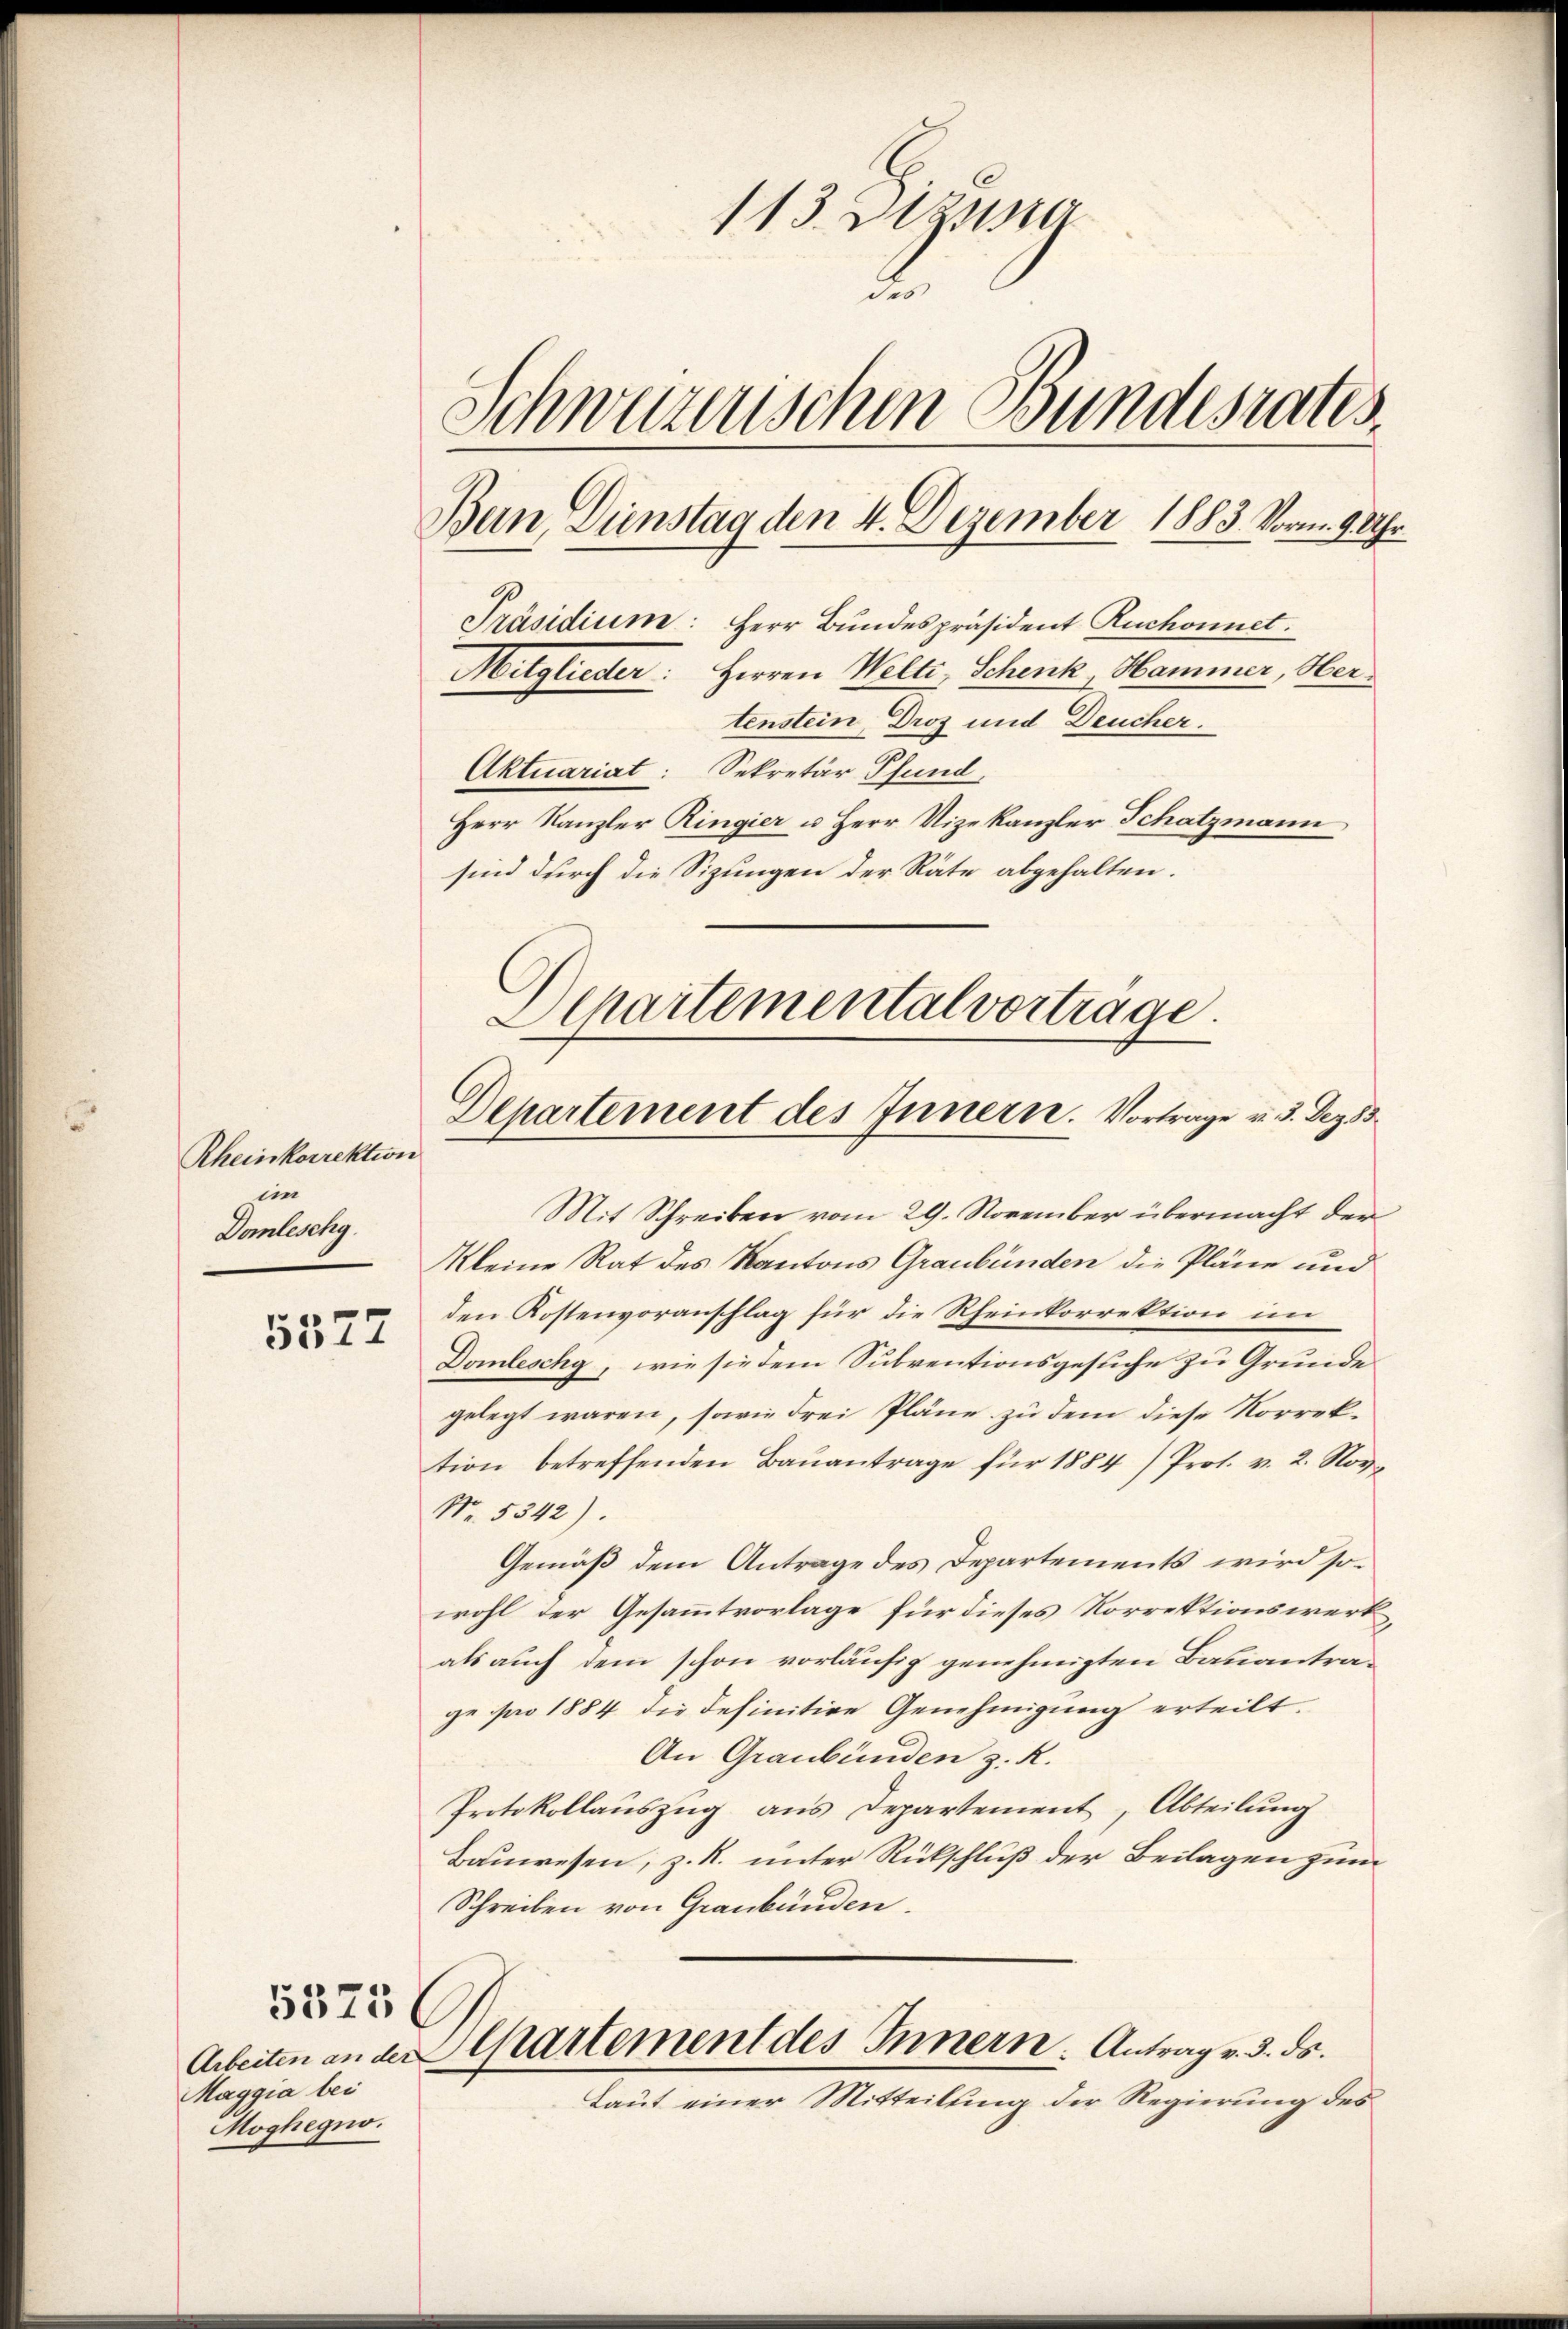
Rheinkorrektion
em
Domleschg

5327

5575

Maggia bei
Moghegno.

113. Dizia
a
Schwuzerischen Bundesrates.
Ban Dinstag den 4. Dezember 1883. Vorm. 9 Uhr
Präsidium: Herr Bundespräsident Ruchonnet.
Mitglieder: Herren Welti, Schenk, Hammer, Ober
tenstein, Droz und Deucher.
Aktuariat: Sekretär Pfund
Herr Kanzler Ringier u Herr Vizekanzler Schatzmann
sind durch die Sitzungen der Räte abgehalten.

Departemental vorträge.
Departement des Innern. Vortrage u. 3. Dez. 3.

Mit Schreiben vom 29. November übermacht der
Kleine Rat des Kantons Graubünden die Pläne und
den Kostenvoranschlag für die Rheinkorrektion im
Domleschy, wie sie dem Subventionsgesuche zu Grunde
gelegt waren, sowie drei Pläne zu dem diese Korrektion betreffenden Baŭantrage für 1884) Prot. v. 2. Nov.
Nr. 5342).
Gemäß dem Antrage des Departements wird sowohl der Gesammtvorlage für dieses Korrektionswerk
als auch dem schon vorläufig genehmigten Bauantrage pro 1884 die definitive Genehmigung erteilt.
An Graubünden z. R.
Protokollauszug aus Departement, Abteilung
Bauwesen, z. R. unter Rückschluß der Beilagen zum
Schreiben von Graubünden.
Arbeiten an der Cartement des Innern. Antrag v. 3. ds.
Laut einer Mitteilung der Regierung des